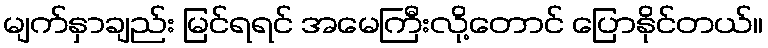
မျက်နှာချည်း မြင်ရရင် အမေကြီးလို့တောင် ပြောနိုင်တယ်။